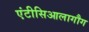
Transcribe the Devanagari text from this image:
एंटीसिआलागौग